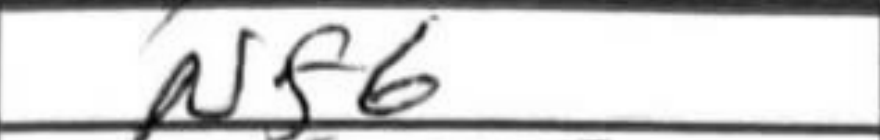
Transcription: Nf6